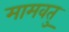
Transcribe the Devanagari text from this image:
मामवतु